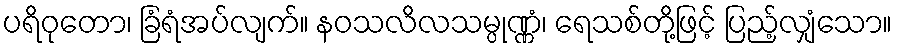
ပရိဝုတော၊ ခြံရံအပ်လျက်။ နဝသလိလသမ္ပုဏ္ဏံ၊ ရေသစ်တို့ဖြင့် ပြည့်လျှံသော။